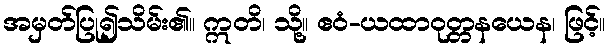
အမှတ်ပြု၍သိမ်း၏။ ဣတိ၊ သို့။ ဧဝံ-ယထာဝုတ္တနယေန၊ ဖြင့်။